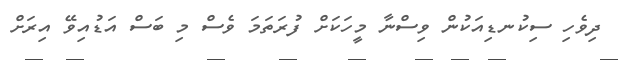
ދިވެހި ސިކުނޑިއަކުން ވިސްނާ މީހަކަށް ފުރަތަމަ ވެސް މި ބަސް އަޑުއިވޭ އިރަށް